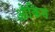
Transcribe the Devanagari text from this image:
ओकिम